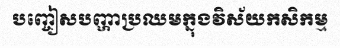
បញ្ចៀសបញ្ហាប្រឈមក្នុងវិស័យកសិកម្ម